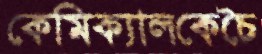
কেমিক্যালকেচৈ